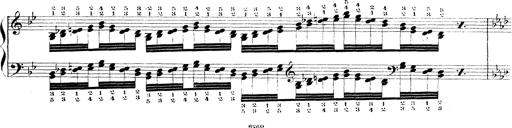
Title: Technische Studien
Composer: Franz Liszt